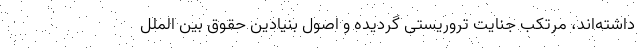
داشته‌اند، مرتکب جنایت تروریستی گردیده و اصول بنیادین حقوق بین الملل